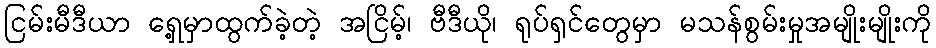
ငြမ်းမီဒီယာ ရှေ့မှာထွက်ခဲ့တဲ့ အငြိမ့်၊ ဗီဒီယို၊ ရုပ်ရှင်တွေမှာ မသန်စွမ်းမှုအမျိုးမျိုးကို